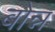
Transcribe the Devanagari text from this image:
बोन्न